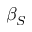
\beta _ { S }